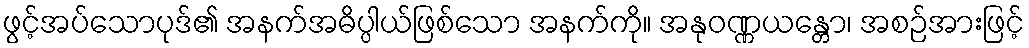
ဖွင့်အပ်သောပုဒ်၏ အနက်အဓိပ္ပါယ်ဖြစ်သော အနက်ကို။ အနုဝဏ္ဏယန္တော၊ အစဉ်အားဖြင့်